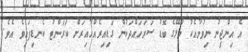
އެ އިންޖީނު ނިވުމާއެކު މާލޭގެ ބޮޑު ސަރަހައްދަކުން ގަޑިއިރެއްހާއިރަށް ކަރަންޓު ކެނޑިފައިވެ އެވެ.